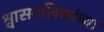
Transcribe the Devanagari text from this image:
श्वासनलिकांच्या